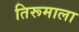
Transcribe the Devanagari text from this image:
तिरूमाला